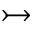
\rightarrowtail